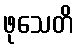
ဖုသေတိ